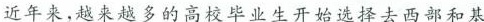
近年来，越来越多的高校毕业生开始选择去西部和基人数创历史最高。根据人社部的毕业生数据，如果加上中 层就业。其中，2018届北京地区高校(含科研院所)毕业生职毕业生和2017年尚未就业的学生数量，今年待就业的加 赴西部就业共14827人，在已就业人员中占9.2%；赴基层在一起约有惊人的1500万，堪称”最难就业季” 就业共24663人，占比15.3%。江苏省2018年高校毕业生从就业形势来看，虽然一些热门行业依然火爆，人工智 中，到基层就业的毕业生33.8万人，占就业总数高达能研究生起薪已高达30万，同时战略新兴产业对毕业生的 62.1%。需求旺盛，传统行业转型升级也急需高端人才，然而在国内 (摘编自《新时代下大学生就业问题探析》化解过剩产能造成一部分职工下岗、经济下行压力下企业 《农村经济与科技》2018年第29卷第24期)用工不足等大背景下，2018年就业形势依然复杂、任务非常 7.下列对材料二相关内容的理解和分析，不正确的一项是艰巨！ (3分) ()(摘编自搜狐网，《最难就业季》2018年9月26日) A.从我国2017届毕业生就业率来看，硕士毕业生就业率材料二： 最高，其次是专科毕业生，第三才是本科毕业生2015~2017届不同学历毕业生就业率(单位：%) B.2017届专科毕业生就业率2016届有所差别，但都在00 90。20%以上，基本上持平，略高于2015届89.32%。C.从三年毕业生就业率数据综合分析，硕士毕业生就业率整体最高，体现了学历越高，就业率越高的特点。D.从毕业生就业率数据来看，2017届本科毕业生和硕士■2017届■2016届2015届 毕业生就业率均高于2016届，但低于2015届。(摘编自《2018年中国大学生就业报告》， 8.下列对材料相关内容的概括和分析，正确的一项是(3分)《中国报告网>2018年6月26日)()材料三： A.继2018年高校毕业生人数创历史最高之后，2019年高校毕业生数量将达到834万，再创新高，堪称”最难就从2019年的情况来看，高校毕业生数量将达到834万，业李”，较2018年增加14万，再创新高。如何更好地促进大学生B.虽然就业形势严峻，但只要高校毕业生学习热门专业，就业?且不断深造，成为高端人才，就会找到称心如意的人力资源和社会保障部副部长邱小平日前强调，国家工作。将以实施高校毕业生就业促进计划为抓手，加强就业政策C.近几年，高校毕业生越来越多，就业形势越来越严峻，引导，制定鼓励大学生创业就业的扶持政策，引导毕业生到致使越来越多的高校毕业生开始选择去西部和基层城乡基层、中西部地区、艰苦边远地区和中小企业就业，扶就持高校毕业生自主创业；大力发展国民经济，增加就业岗D.当前形势下，高校应重视专业设置同质化等问题，不断位，大力推进产业结构优化升级，为大学生提供更多就业岗提升办学内涵，建设高水平培育体系，提高大学生就位；加强政府就业服务，持续开展公共就业人才服务进校业率，园、大中城市联合招聘、集中就业指导等活动；开展困难9.解决就业问题与哪些方面有关?如何解决?(6分)扶，对离校未就业的高校毕业生实施实名制的就业服务，落答：_实岗位信息推送、职业培训、创业扶持等措施。他指出，高校更应把提高学生就业率作为办学的一个重点，高度重视人才培养过程中专业设置同质化，专业内容滞后化，素质培养、实践操作空缺化问题，在办学内涵上功夫，把握好着力点，建设高水平的培育体系。(摘编自《大学生就业有了新动向》，《人民日报海外版》2019年2月14日)